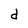
Character: d